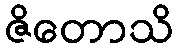
ဇိတောသိ